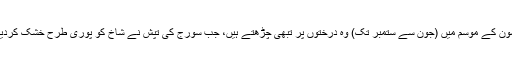
مانسون کے موسم میں (جون سے ستمبر تک) وہ درختوں پر تبھی چڑھتے ہیں، جب سورج کی تپش نے شاخ کو پوری طرح خشک کردیا ہو۔